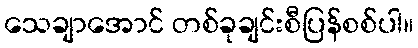
သေချာအောင် တစ်ခုချင်းစီပြန်စစ်ပါ။